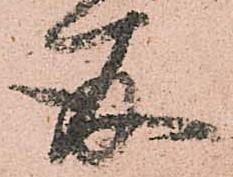
存